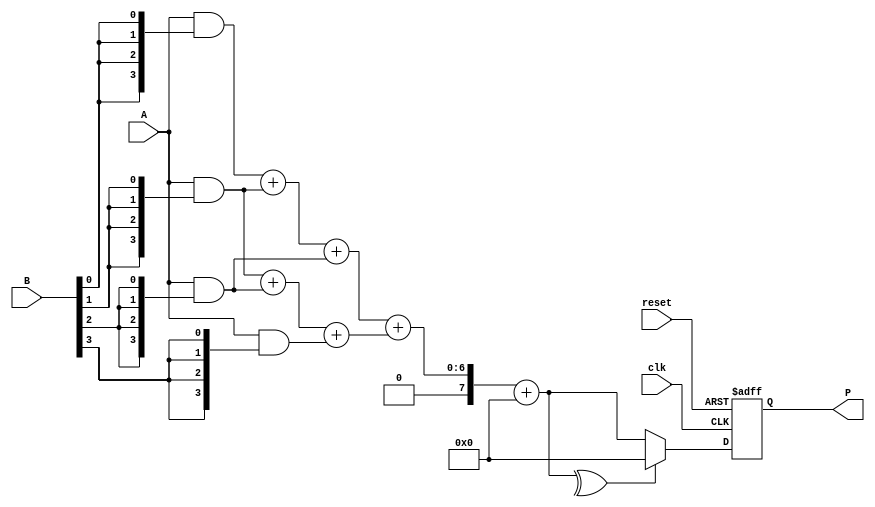
module Fault_Tolerant_Wallace_Tree_Multiplier #(parameter N = 4) (
    input [N-1:0] A,
    input [N-1:0] B,
    output reg [2*N-1:0] P,
    input clk,
    input reset
);

    // Internal signals
    wire [N-1:0] pp [0:N-1]; // Partial products
    wire [2*N-1:0] sum [0:N-1]; // Sums at each stage
    wire [2*N-1:0] carry [0:N-1]; // Carries at each stage
    wire [2*N-1:0] final_sum, final_carry;
    wire fault_detected;
    
    // Generate partial products
    genvar i, j;
    generate
        for (i = 0; i < N; i = i + 1) begin : pp_gen
            assign pp[i] = A & {N{B[i]}};
        end
    endgenerate

    // Wallace Tree Reduction
    // Stage 1: Sum and carry generation
    generate
        for (i = 0; i < N; i = i + 1) begin : wallace_stage1
            if (i < N-1) begin
                // Full adder for three inputs
                assign {carry[i], sum[i]} = pp[i] + pp[i+1] + pp[i+2];
            end else begin
                assign sum[i] = pp[i];
                assign carry[i] = 0;
            end
        end
    endgenerate

    // Stage 2: Final addition using Carry Save Adder (CSA)
    assign {final_carry, final_sum} = sum[0] + sum[1] + carry[0];

    // Fault Tolerance Mechanism
    // Simple parity check for fault detection
    assign fault_detected = ^final_sum; // Parity bit for error detection

    always @(posedge clk or posedge reset) begin
        if (reset) begin
            P <= 0;
        end else if (fault_detected) begin
            // Error handling: switch to redundant path or signal error
            P <= 0; // Placeholder for error handling
        end else begin
            P <= final_sum; // Output the final product
        end
    end

endmodule